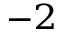
^ { - 2 }